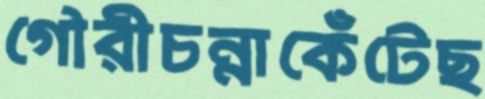
গৌরীচন্নাকেঁটেছ